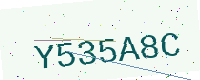
Text: Y535A8C